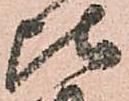
比